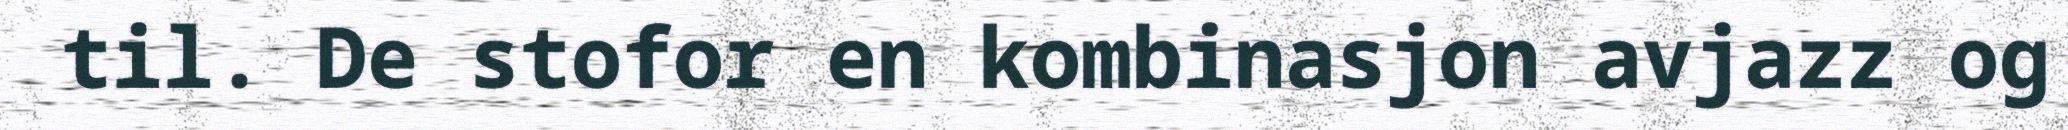
til. De stofor en kombinasjon avjazz og